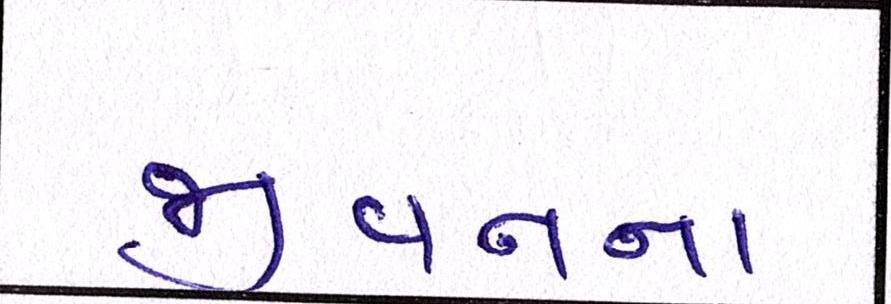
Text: જીવના